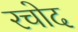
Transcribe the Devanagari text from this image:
रचोद